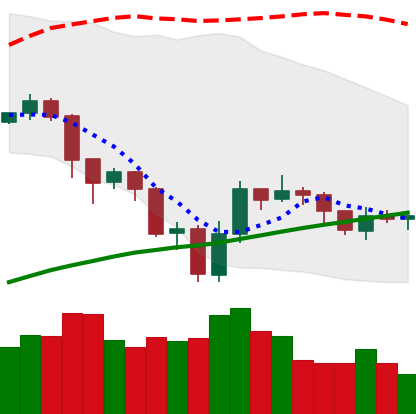
Ticker: LTC-USD
Chart end date: 2019-07-26
Forward return: 4.458%
Label: up_3_5